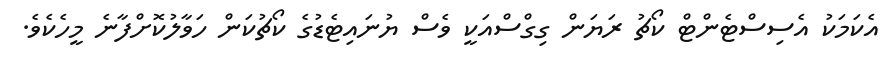
އެކަމަކު އެސިސްޓެންޓް ކޯޗު ރަޔަން ގިގްސްއަކީ ވެސް ޔުނައިޓެޑުގެ ކޯޗުކަން ހަވާލުކޮށްފާނެ މީހެކެވެ.